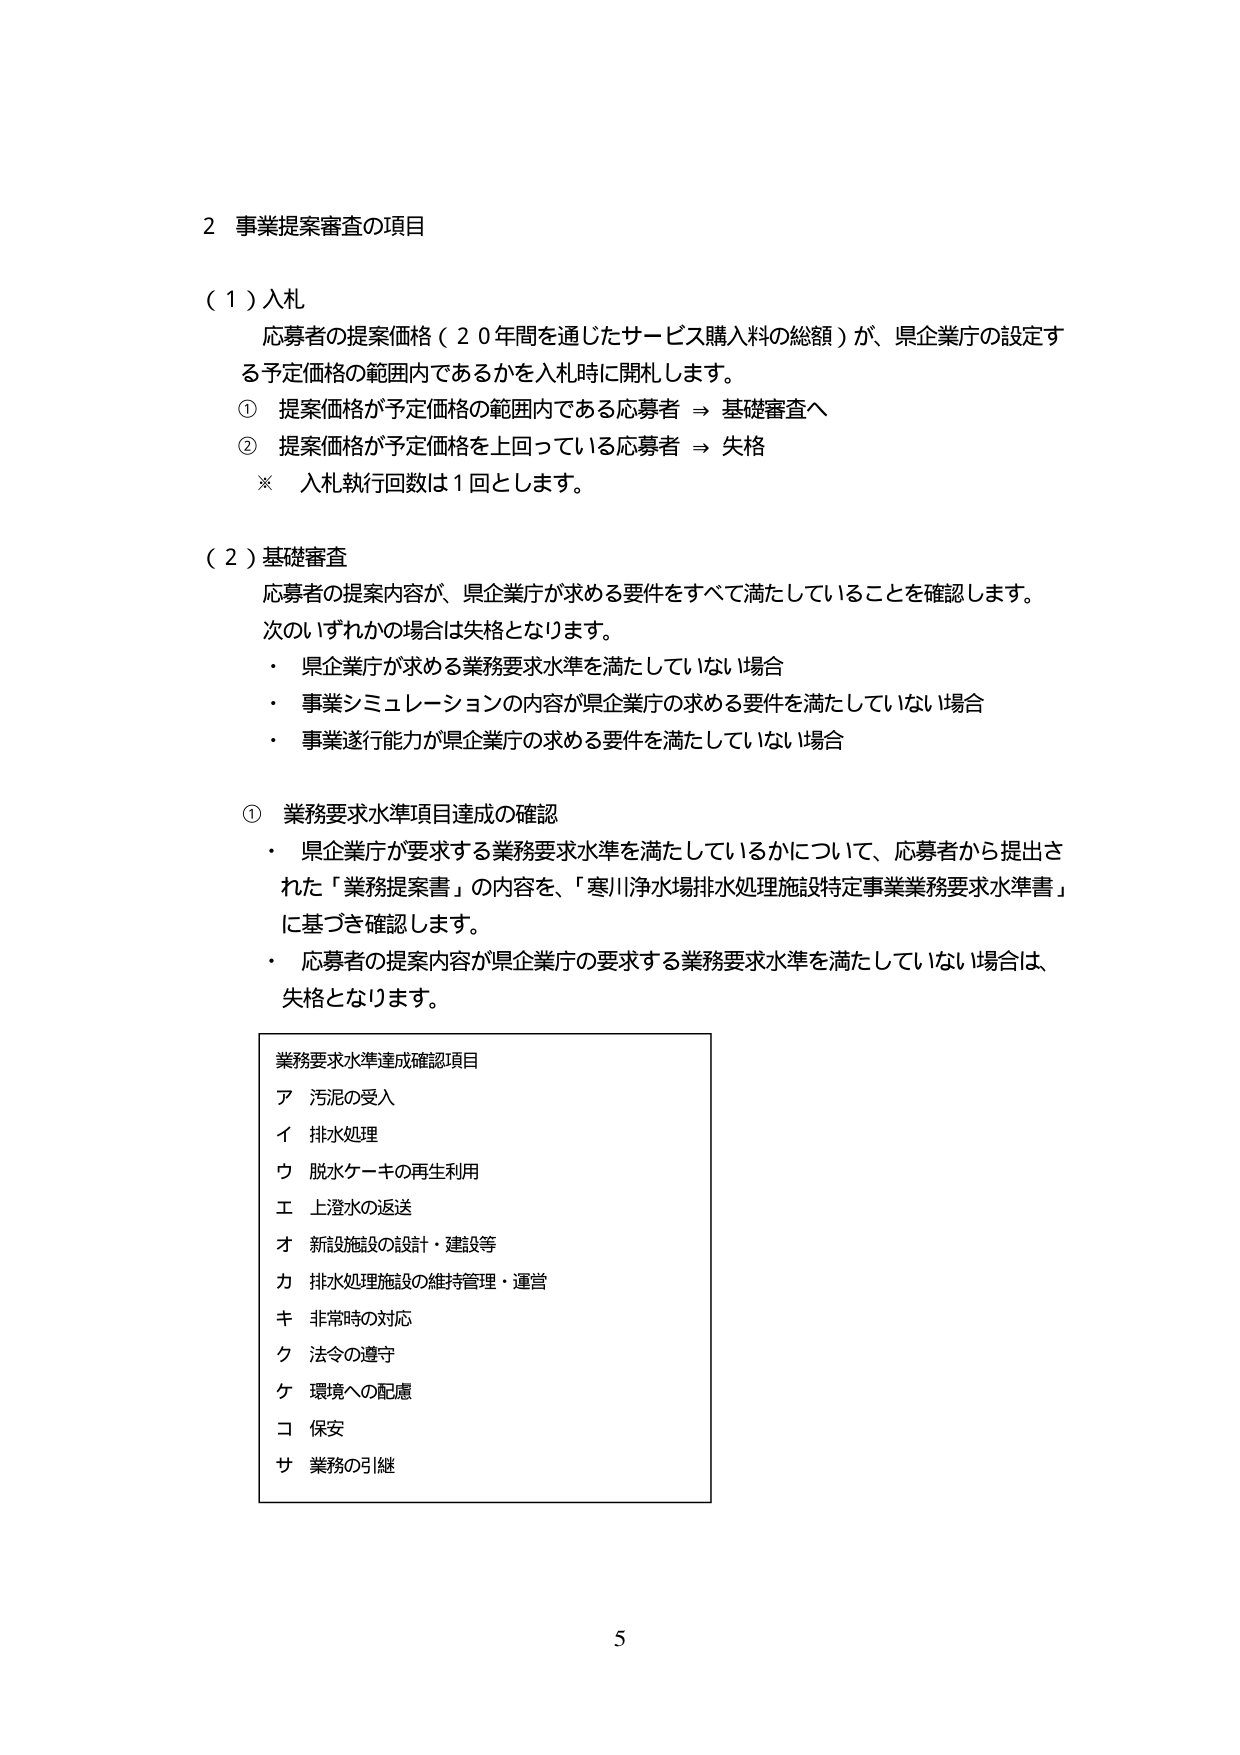
2 事業提案審査の項目

（1）入札
　応募者の提案価格（20年間を通じたサービス購入料の総額）が、県企業庁の設定する予定価格の範囲内であるかを入札時に開札します。
　① 提案価格が予定価格の範囲内である応募者 ⇒ 基礎審査へ
　② 提案価格が予定価格を上回っている応募者 ⇒ 失格
　※ 入札執行回数は1回とします。

（2）基礎審査
　応募者の提案内容が、県企業庁が求める要件をすべて満たしていることを確認します。
　次のいずれかの場合は失格となります。
　・ 県企業庁が求める業務要求水準を満たしていない場合
　・ 事業シミュレーションの内容が県企業庁の求める要件を満たしていない場合
　・ 事業遂行能力が県企業庁の求める要件を満たしていない場合

　① 業務要求水準項目達成の確認
　・ 県企業庁が要求する業務要求水準を満たしているかについて、応募者から提出された「業務提案書」の内容を、「寒川浄水場排水処理施設特定事業業務要求水準書」に基づき確認します。
　・ 応募者の提案内容が県企業庁の要求する業務要求水準を満たしていない場合は、失格となります。

　業務要求水準達成確認項目
　ア 汚泥の受入
　イ 排水処理
　ウ 脱水ケーキの再生利用
　エ 上澄水の返送
　オ 新設施設の設計・建設等
　カ 排水処理施設の維持管理・運営
　キ 非常時の対応
　ク 法令の遵守
　ケ 環境への配慮
　コ 保安
　サ 業務の引継

5